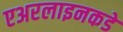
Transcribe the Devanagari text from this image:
एअरलाइनकडे